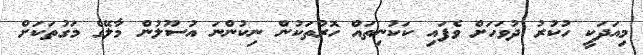
މިއަދަކީ ހުކުރު ދުވަހަށް ވެފައި ކަކުނިތައް ހޮރުތަކުން ނިކުންނަ އުސޫލުން މާލޭގެ މަގުތަކަށް